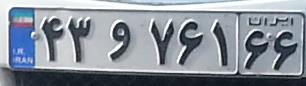
۴۳و۷۶۱۶۶